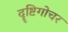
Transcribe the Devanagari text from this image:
दॄष्टिगोचर